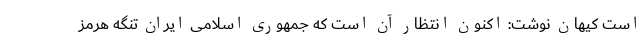
است کیهان نوشت: اکنون انتظار آن است که جمهوری اسلامی ایران تنگه هرمز